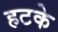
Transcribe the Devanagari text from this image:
हटके